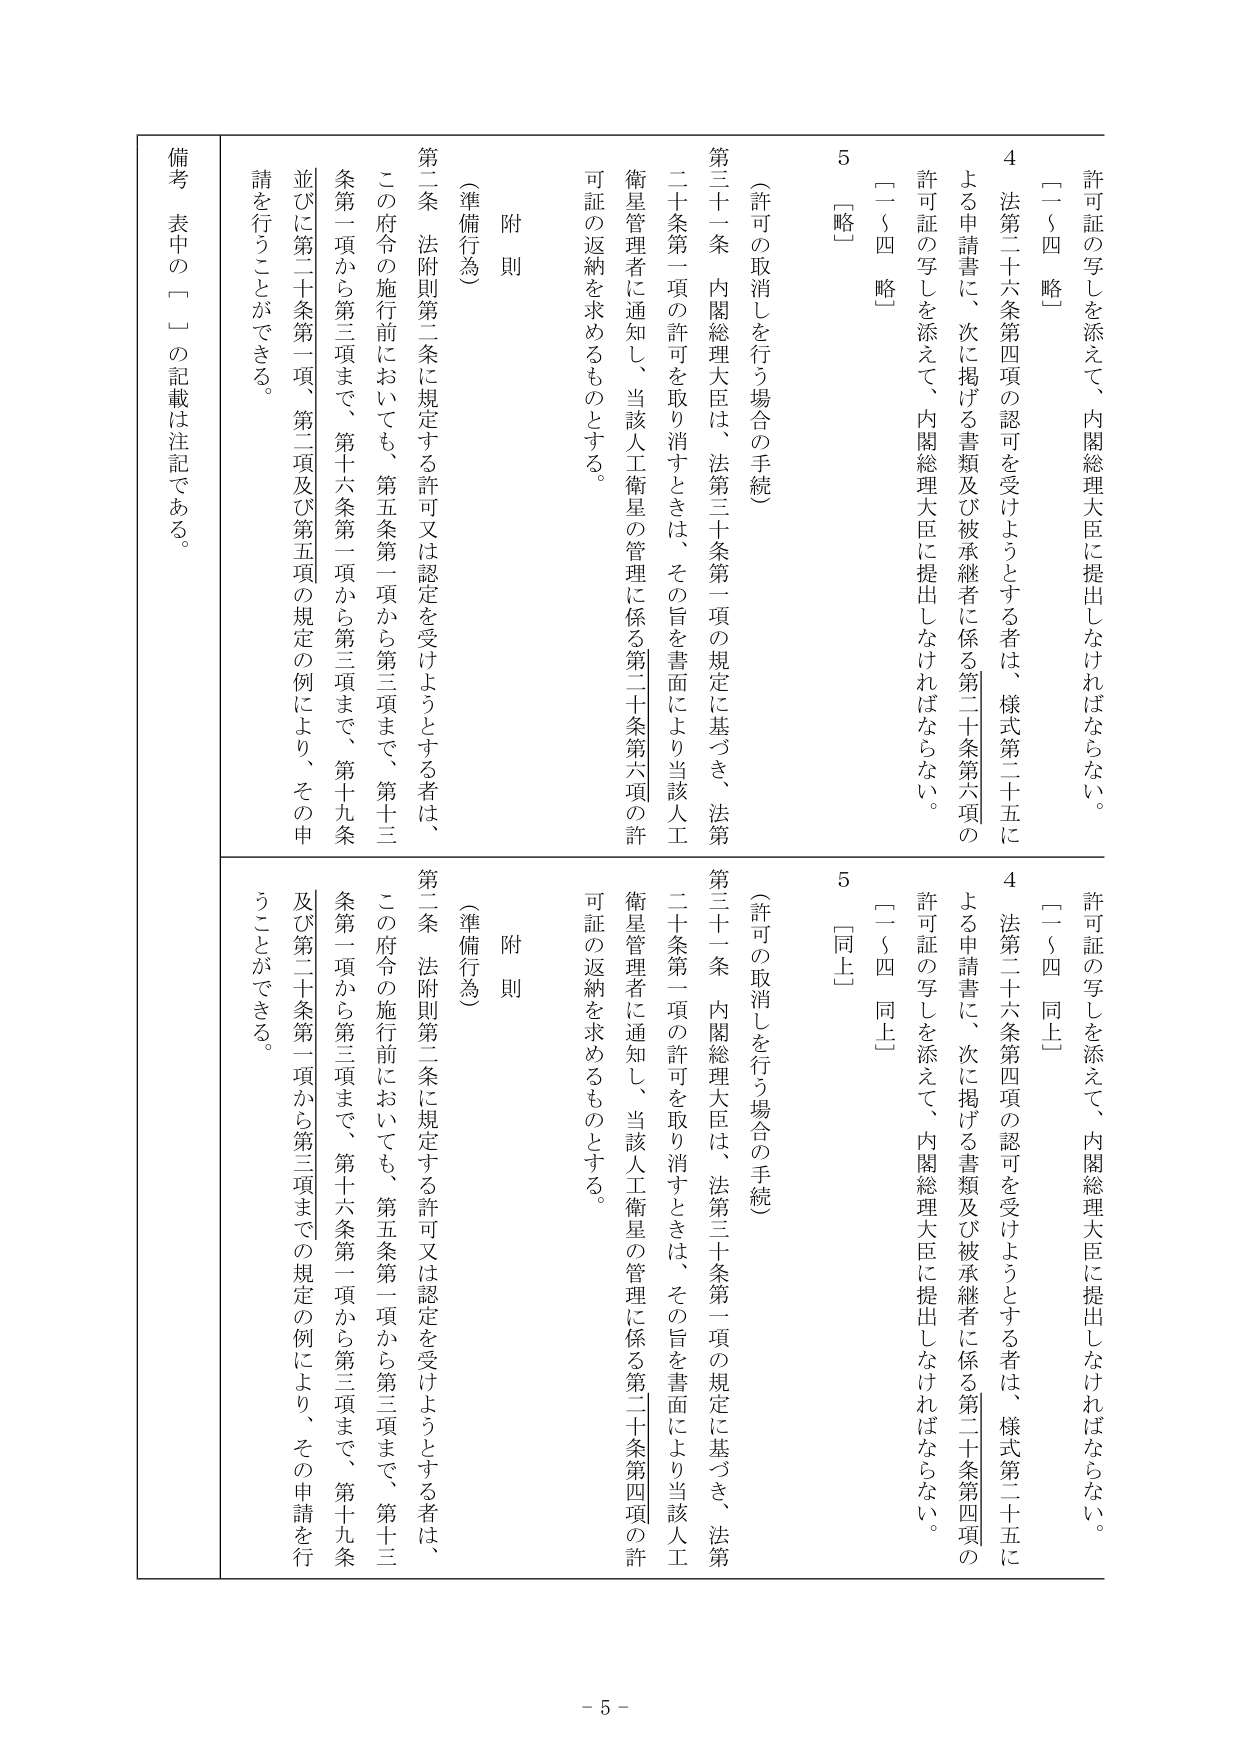
許可証の写しを添えて、内閣総理大臣に提出しなければならない。
〔一～四　略〕
4　法第二十六条第四項の認可を受けようとする者は、様式第二十五に
よる申請書に、次に掲げる書類及び被承継者に係る第二十条第六項の
許可証の写しを添えて、内閣総理大臣に提出しなければならない。
〔一～四　略〕
5　〔略〕

（許可の取消しを行う場合の手続）
第三十一条　内閣総理大臣は、法第三十条第一項の規定に基づき、法第
二十条第一項の許可を取り消すときは、その旨を書面により当該人工
衛星管理者に通知し、当該人工衛星の管理に係る第二十条第六項の許
可証の返納を求めるものとする。

附則
（準備行為）
第二条　法附則第二条に規定する許可又は認定を受けようとする者は、
この府令の施行前においても、第五条第一項から第三項まで、第十三
条第一項から第三項まで、第十六条第一項から第三項まで、第十九条
並びに第二十条第一項、第二項及び第五項の規定の例により、その申
請を行うことができる。

備考　表中の「□」の記載は注記である。

許可証の写しを添えて、内閣総理大臣に提出しなければならない。
〔一～四　同上〕
4　法第二十六条第四項の認可を受けようとする者は、様式第二十五に
よる申請書に、次に掲げる書類及び被承継者に係る第二十条第四項の
許可証の写しを添えて、内閣総理大臣に提出しなければならない。
〔一～四　同上〕
5　〔同上〕

（許可の取消しを行う場合の手続）
第三十一条　内閣総理大臣は、法第三十条第一項の規定に基づき、法第
二十条第一項の許可を取り消すときは、その旨を書面により当該人工
衛星管理者に通知し、当該人工衛星の管理に係る第二十条第四項の許
可証の返納を求めるものとする。

附則
（準備行為）
第二条　法附則第二条に規定する許可又は認定を受けようとする者は、
この府令の施行前においても、第五条第一項から第三項まで、第十三
条第一項から第三項まで、第十六条第一項から第三項まで、第十九条
及び第二十条第一項から第三項までの規定の例により、その申請を行
うことができる。

- 5 -